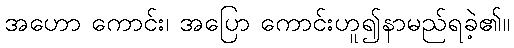
အဟော ကောင်း၊ အပြော ကောင်းဟူ၍နာမည်ရခဲ့၏။